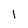
Character: I